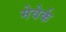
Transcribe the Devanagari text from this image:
मेवेर्क